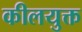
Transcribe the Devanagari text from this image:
कीलयुक्त